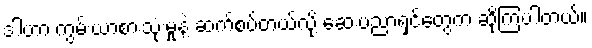
ဒါဟာ ကွမ်းယာစားသုံးမှုနဲ့ ဆက်စပ်တယ်လို့ ဆေးပညာရှင်တွေက ဆိုကြပါတယ်။